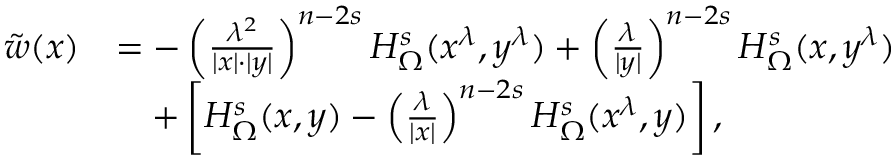
\begin{array} { r l } { \tilde { w } ( x ) } & { = - \left( \frac { \lambda ^ { 2 } } { | x | \cdot | y | } \right) ^ { n - 2 s } H _ { \Omega } ^ { s } ( x ^ { \lambda } , y ^ { \lambda } ) + \left( \frac { \lambda } { | y | } \right) ^ { n - 2 s } H _ { \Omega } ^ { s } ( x , y ^ { \lambda } ) } \\ & { \quad + \left[ H _ { \Omega } ^ { s } ( x , y ) - \left( \frac { \lambda } { | x | } \right) ^ { n - 2 s } H _ { \Omega } ^ { s } ( x ^ { \lambda } , y ) \right] , } \end{array}